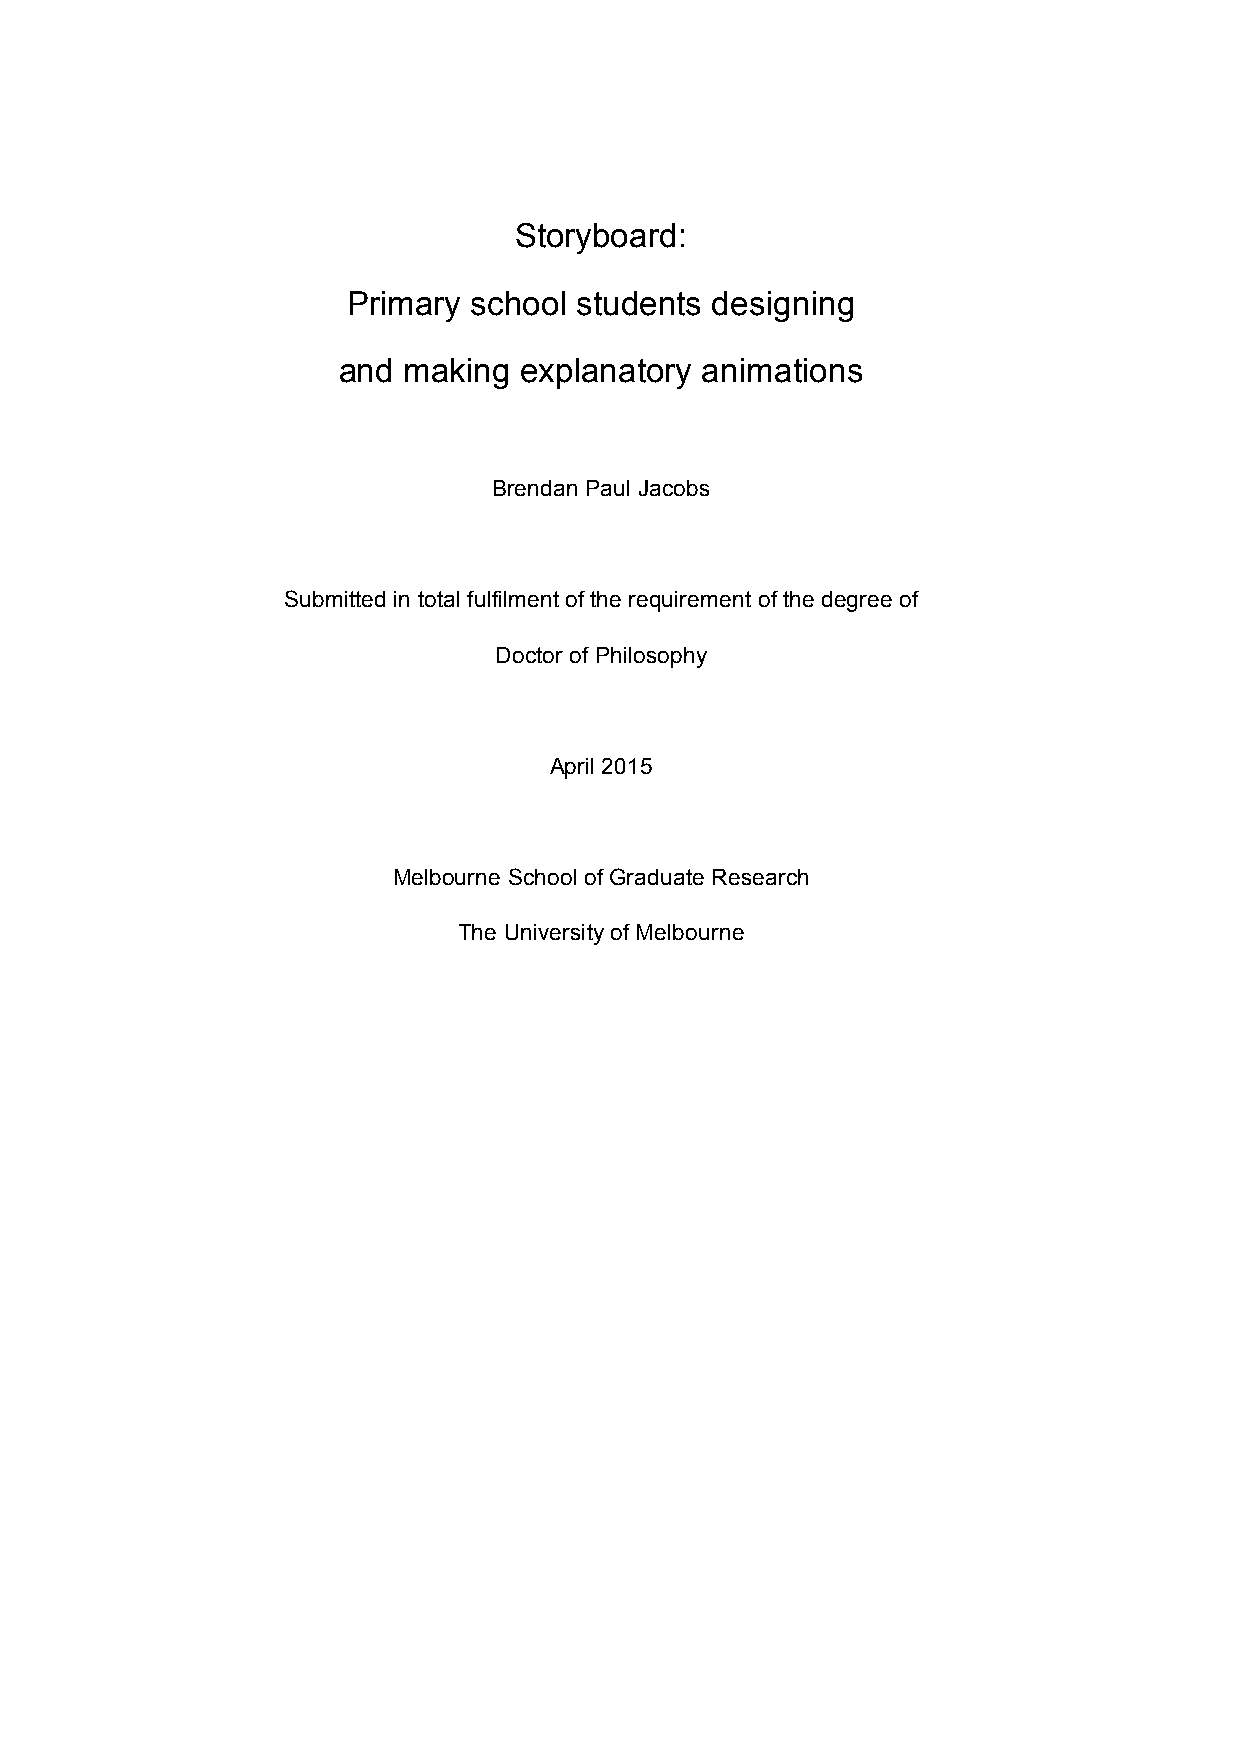
Storyboard:
 Primary school students designing
 and  making explanatory animations
 Brendan Paul Jacobs
 Submitted in total fulfilment of the requirement of the degree of
 Doctor of Philosophy
 April 2015
 Melbourne School of Graduate Research
 The University of Melbourne